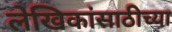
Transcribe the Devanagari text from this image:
लेखिकांसाठीच्या